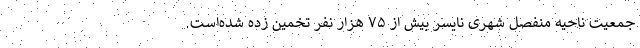
جمعیت ناحیهٔ منفصل شهری نایسر بیش از ۷۵ هزار نفر تخمین زده شده‌است.